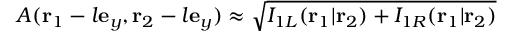
A ( \mathbf { r } _ { 1 } - l \mathbf { e } _ { y } , \mathbf { r } _ { 2 } - l \mathbf { e } _ { y } ) \approx \sqrt { I _ { 1 L } ( \mathbf { r } _ { 1 } | \mathbf { r } _ { 2 } ) + I _ { 1 R } ( \mathbf { r } _ { 1 } | \mathbf { r } _ { 2 } ) }